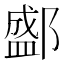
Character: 𨞐